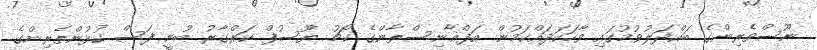
ނޫސްވެރިންގެ ބައްދަލުވުމުގައި ވާހަކަދައްކަމުން އަފްޣާނިސްތާންގެ ކޯޗު ޔޫސުފް ކަރްގާރު ބުނީ ފަސް ކުޅުންތެރިންގެ